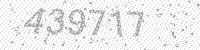
Solution: 439717